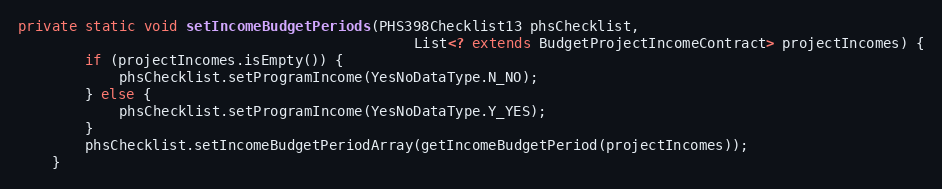
Language: Java
private static void setIncomeBudgetPeriods(PHS398Checklist13 phsChecklist,
											   List<? extends BudgetProjectIncomeContract> projectIncomes) {
		if (projectIncomes.isEmpty()) {
			phsChecklist.setProgramIncome(YesNoDataType.N_NO);
		} else {
			phsChecklist.setProgramIncome(YesNoDataType.Y_YES);
		}
		phsChecklist.setIncomeBudgetPeriodArray(getIncomeBudgetPeriod(projectIncomes));
	}